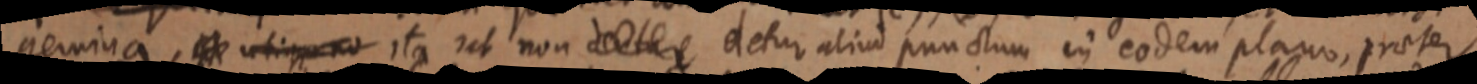
gemina, ituque no ita ut non detur detur aliud punctum in eodem plano, praeter